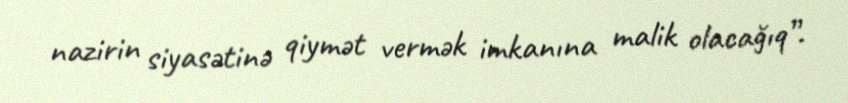
nazirin siyasətinə qiymət vermək imkanına malik olacağıq”.